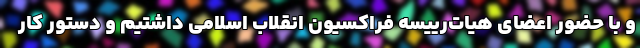
و با حضور اعضای هیات‌رییسه فراكسیون انقلاب اسلامی داشتیم و دستور كار